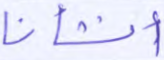
أنشأنا